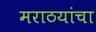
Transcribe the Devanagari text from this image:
मराठयांचा